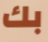
بك